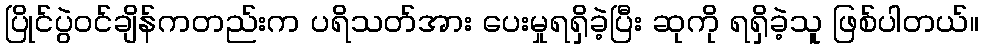
ပြိုင်ပွဲဝင်ချိန်ကတည်းက ပရိသတ်အား ပေးမှုရရှိခဲ့ပြီး ဆုကို ရရှိခဲ့သူ ဖြစ်ပါတယ်။